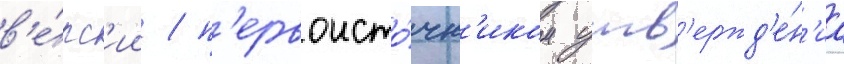
в'е́рс'ии / п'ервоисто́чн'иком утв'ержд'е́н'иа